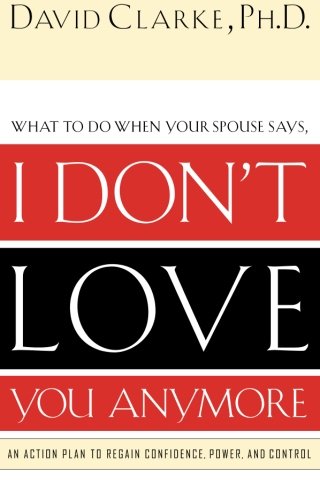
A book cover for I Don't Love You Anymore: What to do when he says,; David Clarke; Parenting & Relationships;